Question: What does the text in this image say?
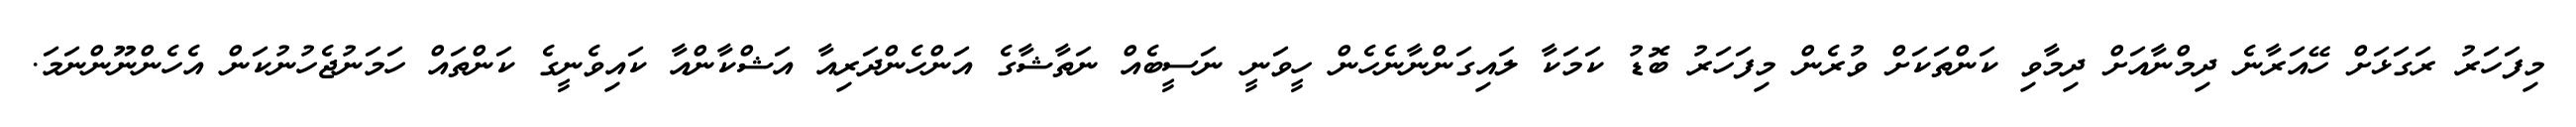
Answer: މިފަހަރު ރަގަޅަށް ހޭއަރާނެ ދިމްނާއަށް ދިމާވި ކަންތަކަށް ވުރެން މިފަހަރު ބޮޑު ކަމަކާ ލައިގަންނާނެހެން ހީވަނީ ނަސީބެއް ނަތާޝާގެ އަންހެންދަރިއާ އަޝްކާންއާ ކައިވެނީގެ ކަންތައް ހަމަނުޖެހުނުކަން އެހެންނޫންނަމަ.